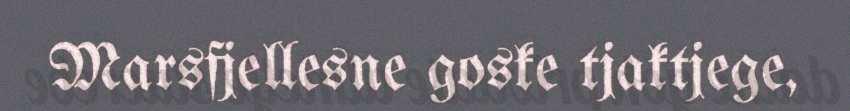
Marsfjellesne goske tjaktjege,